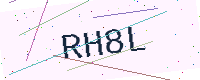
Text: RH8L